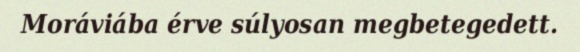
Moráviába érve súlyosan megbetegedett.